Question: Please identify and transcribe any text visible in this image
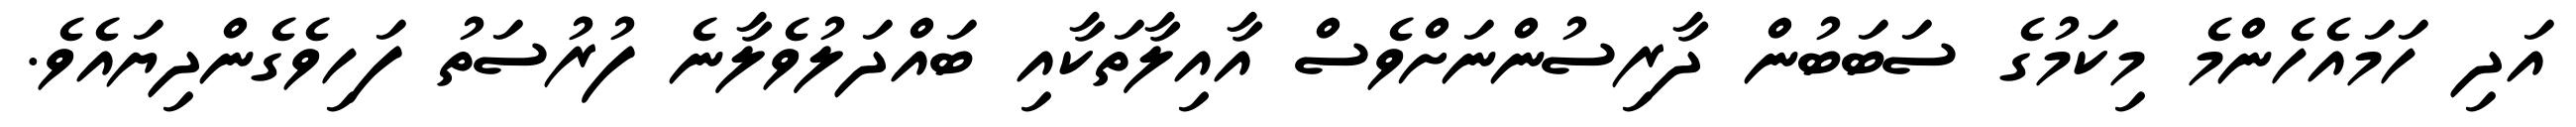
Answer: އަދި ހަމައެހެންމެ މިކަމުގެ ސަބަބުން ދާރިސުންނަށްވެސް އާއިލާތަކާއި ބައްދަލުވެލާނެ ފުރުސަތު ފަހިވެގެންދިޔައެވެ.